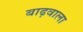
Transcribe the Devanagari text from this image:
बाढ़वाला